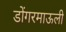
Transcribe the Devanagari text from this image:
डोंगरमाऊली